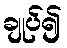
ချုပ်၍